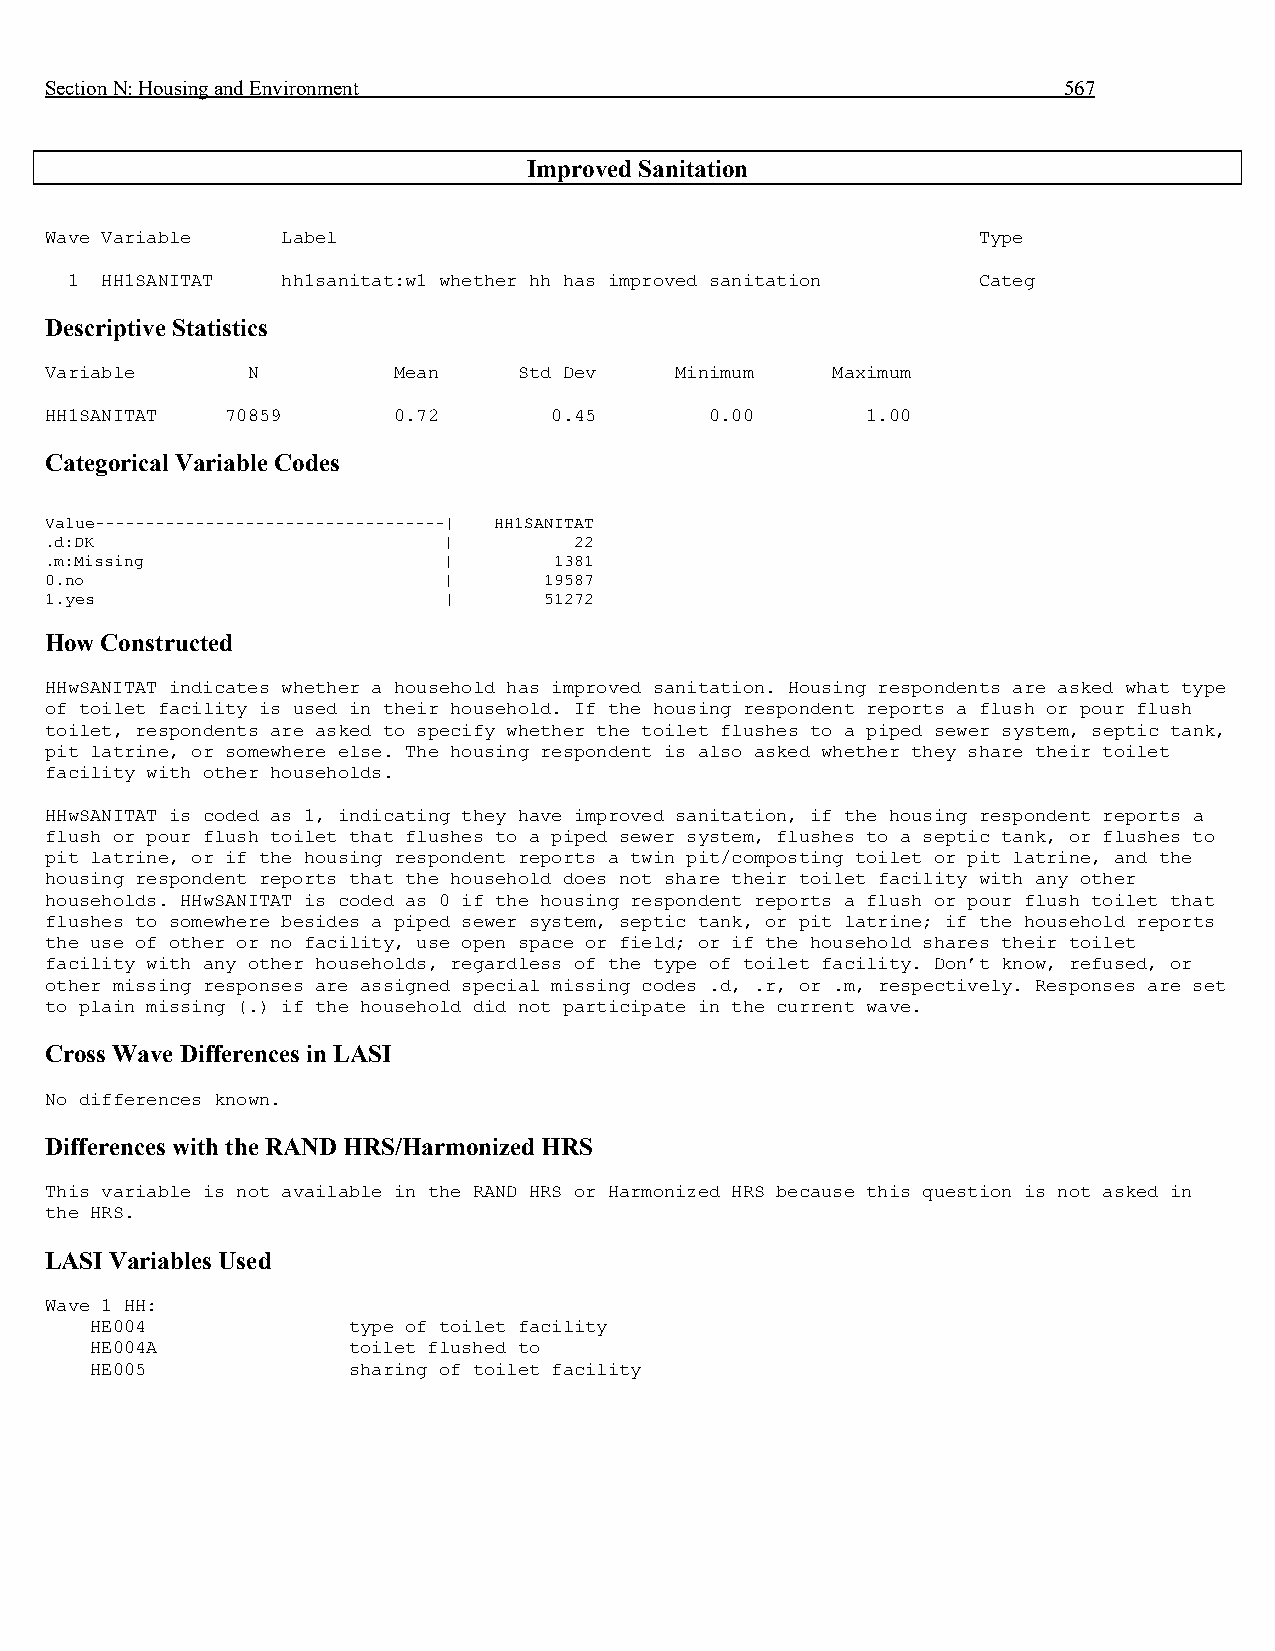
Section N: Housing and Environment                                 567
 Improved Sanitation
 Wave Variable   Label                                         Type
 1  HH1SANITAT  hh1sanitat:w1 whether hh has improved sanitation Categ
 Descriptive Statistics
 Variable     N         Mean    Std Dev    Minimum   Maximum
 HH1SANITAT  70859      0.72      0.45       0.00      1.00
 Categorical Variable Codes
 Value-----------------------------------| HH1SANITAT
 .d:DK                     |        22
 .m:Missing                |       1381
 0.no                      |      19587
 1.yes                     |      51272
 How Constructed
 HHwSANITAT indicates whether a household has improved sanitation. Housing respondents are asked what type
 of toilet facility is used in their household. If the housing respondent reports a flush or pour flush
 toilet, respondents are asked to specify whether the toilet flushes to a piped sewer system, septic tank,
 pit latrine, or somewhere else. The housing respondent is also asked whether they share their toilet
 facility with other households.
 HHwSANITAT is coded as 1, indicating they have improved sanitation, if the housing respondent reports a
 flush or pour flush toilet that flushes to a piped sewer system, flushes to a septic tank, or flushes to
 pit latrine, or if the housing respondent reports a twin pit/composting toilet or pit latrine, and the
 housing respondent reports that the household does not share their toilet facility with any other
 households. HHwSANITAT is coded as 0 if the housing respondent reports a flush or pour flush toilet that
 flushes to somewhere besides a piped sewer system, septic tank, or pit latrine; if the household reports
 the use of other or no facility, use open space or field; or if the household shares their toilet
 facility with any other households, regardless of the type of toilet facility. Don’t know, refused, or
 other missing responses are assigned special missing codes .d, .r, or .m, respectively. Responses are set
 to plain missing (.) if the household did not participate in the current wave.
 Cross Wave Differences in LASI
 No differences known.
 Differences with the RAND HRS/Harmonized HRS
 This variable is not available in the RAND HRS or Harmonized HRS because this question is not asked in
 the HRS.
 LASI Variables Used
 Wave 1 HH:
 HE004            type of toilet facility
 HE004A           toilet flushed to
 HE005            sharing of toilet facility